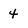
Character: 4